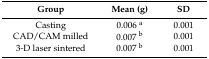
<table><thead><tr><td><b>Group</b></td><td><b>Mean (g)</b></td><td><b>SD</b></td></tr></thead><tbody><tr><td>Casting</td><td>0.006 <sup>a</sup></td><td>0.001</td></tr><tr><td>CAD/CAM milled</td><td>0.007 <sup>b</sup></td><td>0.001</td></tr><tr><td>3-D laser sintered</td><td>0.007 <sup>b</sup></td><td>0.001</td></tr></tbody></table>